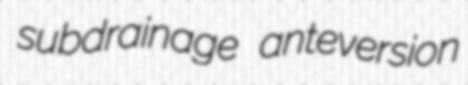
subdrainage anteversion